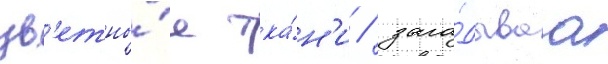
цв'етны́е тка́н'и / зага́дываа